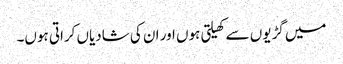
میں گڑیوں سے کھیلتی ہوں اور ان کی شادیاں کراتی ہوں۔